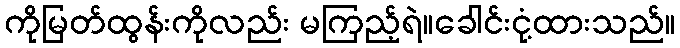
ကိုမြတ်ထွန်းကိုလည်း မကြည့်ရဲ။ခေါင်းငုံ့ထားသည်။